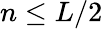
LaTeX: n\leq L/2